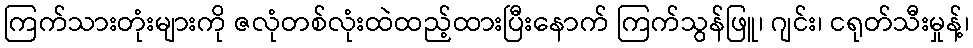
ကြက်သားတုံးများကို ဇလုံတစ်လုံးထဲထည့်ထားပြီးနောက် ကြက်သွန်ဖြူ၊ ဂျင်း၊ ငရုတ်သီးမှုန့်၊